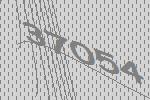
37054